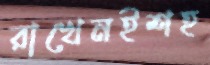
রাখেনইশহ